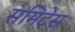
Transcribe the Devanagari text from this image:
समिटेस